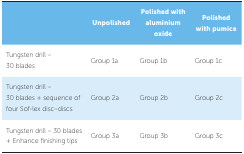
<table><thead><tr><td></td><td><b> Unpolished</b></td><td><b> Polished with aluminium oxide</b></td><td><b> Polished with pumice</b></td></tr></thead><tbody><tr><td> Tungsten drill –30 blades</td><td> Group 1a</td><td> Group 1b</td><td> Group 1c</td></tr><tr><td> Tungsten drill –30 blades + sequenceof four Sof-lex disc–discs</td><td> Group 2a</td><td> Group 2b</td><td> Group 2c</td></tr><tr><td> Tungsten drill – 30 blades + Enhance finishingtips</td><td> Group 3a</td><td> Group 3b</td><td> Group 3c</td></tr></tbody></table>